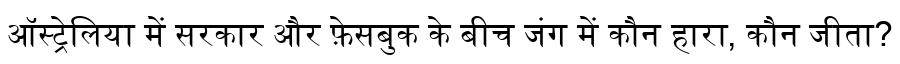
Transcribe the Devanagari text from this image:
ऑस्ट्रेलिया में सरकार और फ़ेसबुक के बीच जंग में कौन हारा, कौन जीता?